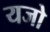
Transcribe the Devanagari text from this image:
यजो